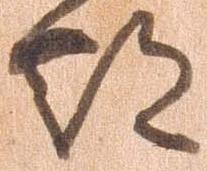
都